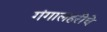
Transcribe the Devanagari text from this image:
गंगालहरीचे